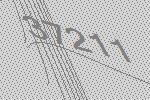
37211